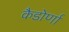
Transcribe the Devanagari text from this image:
कैडोर्णा